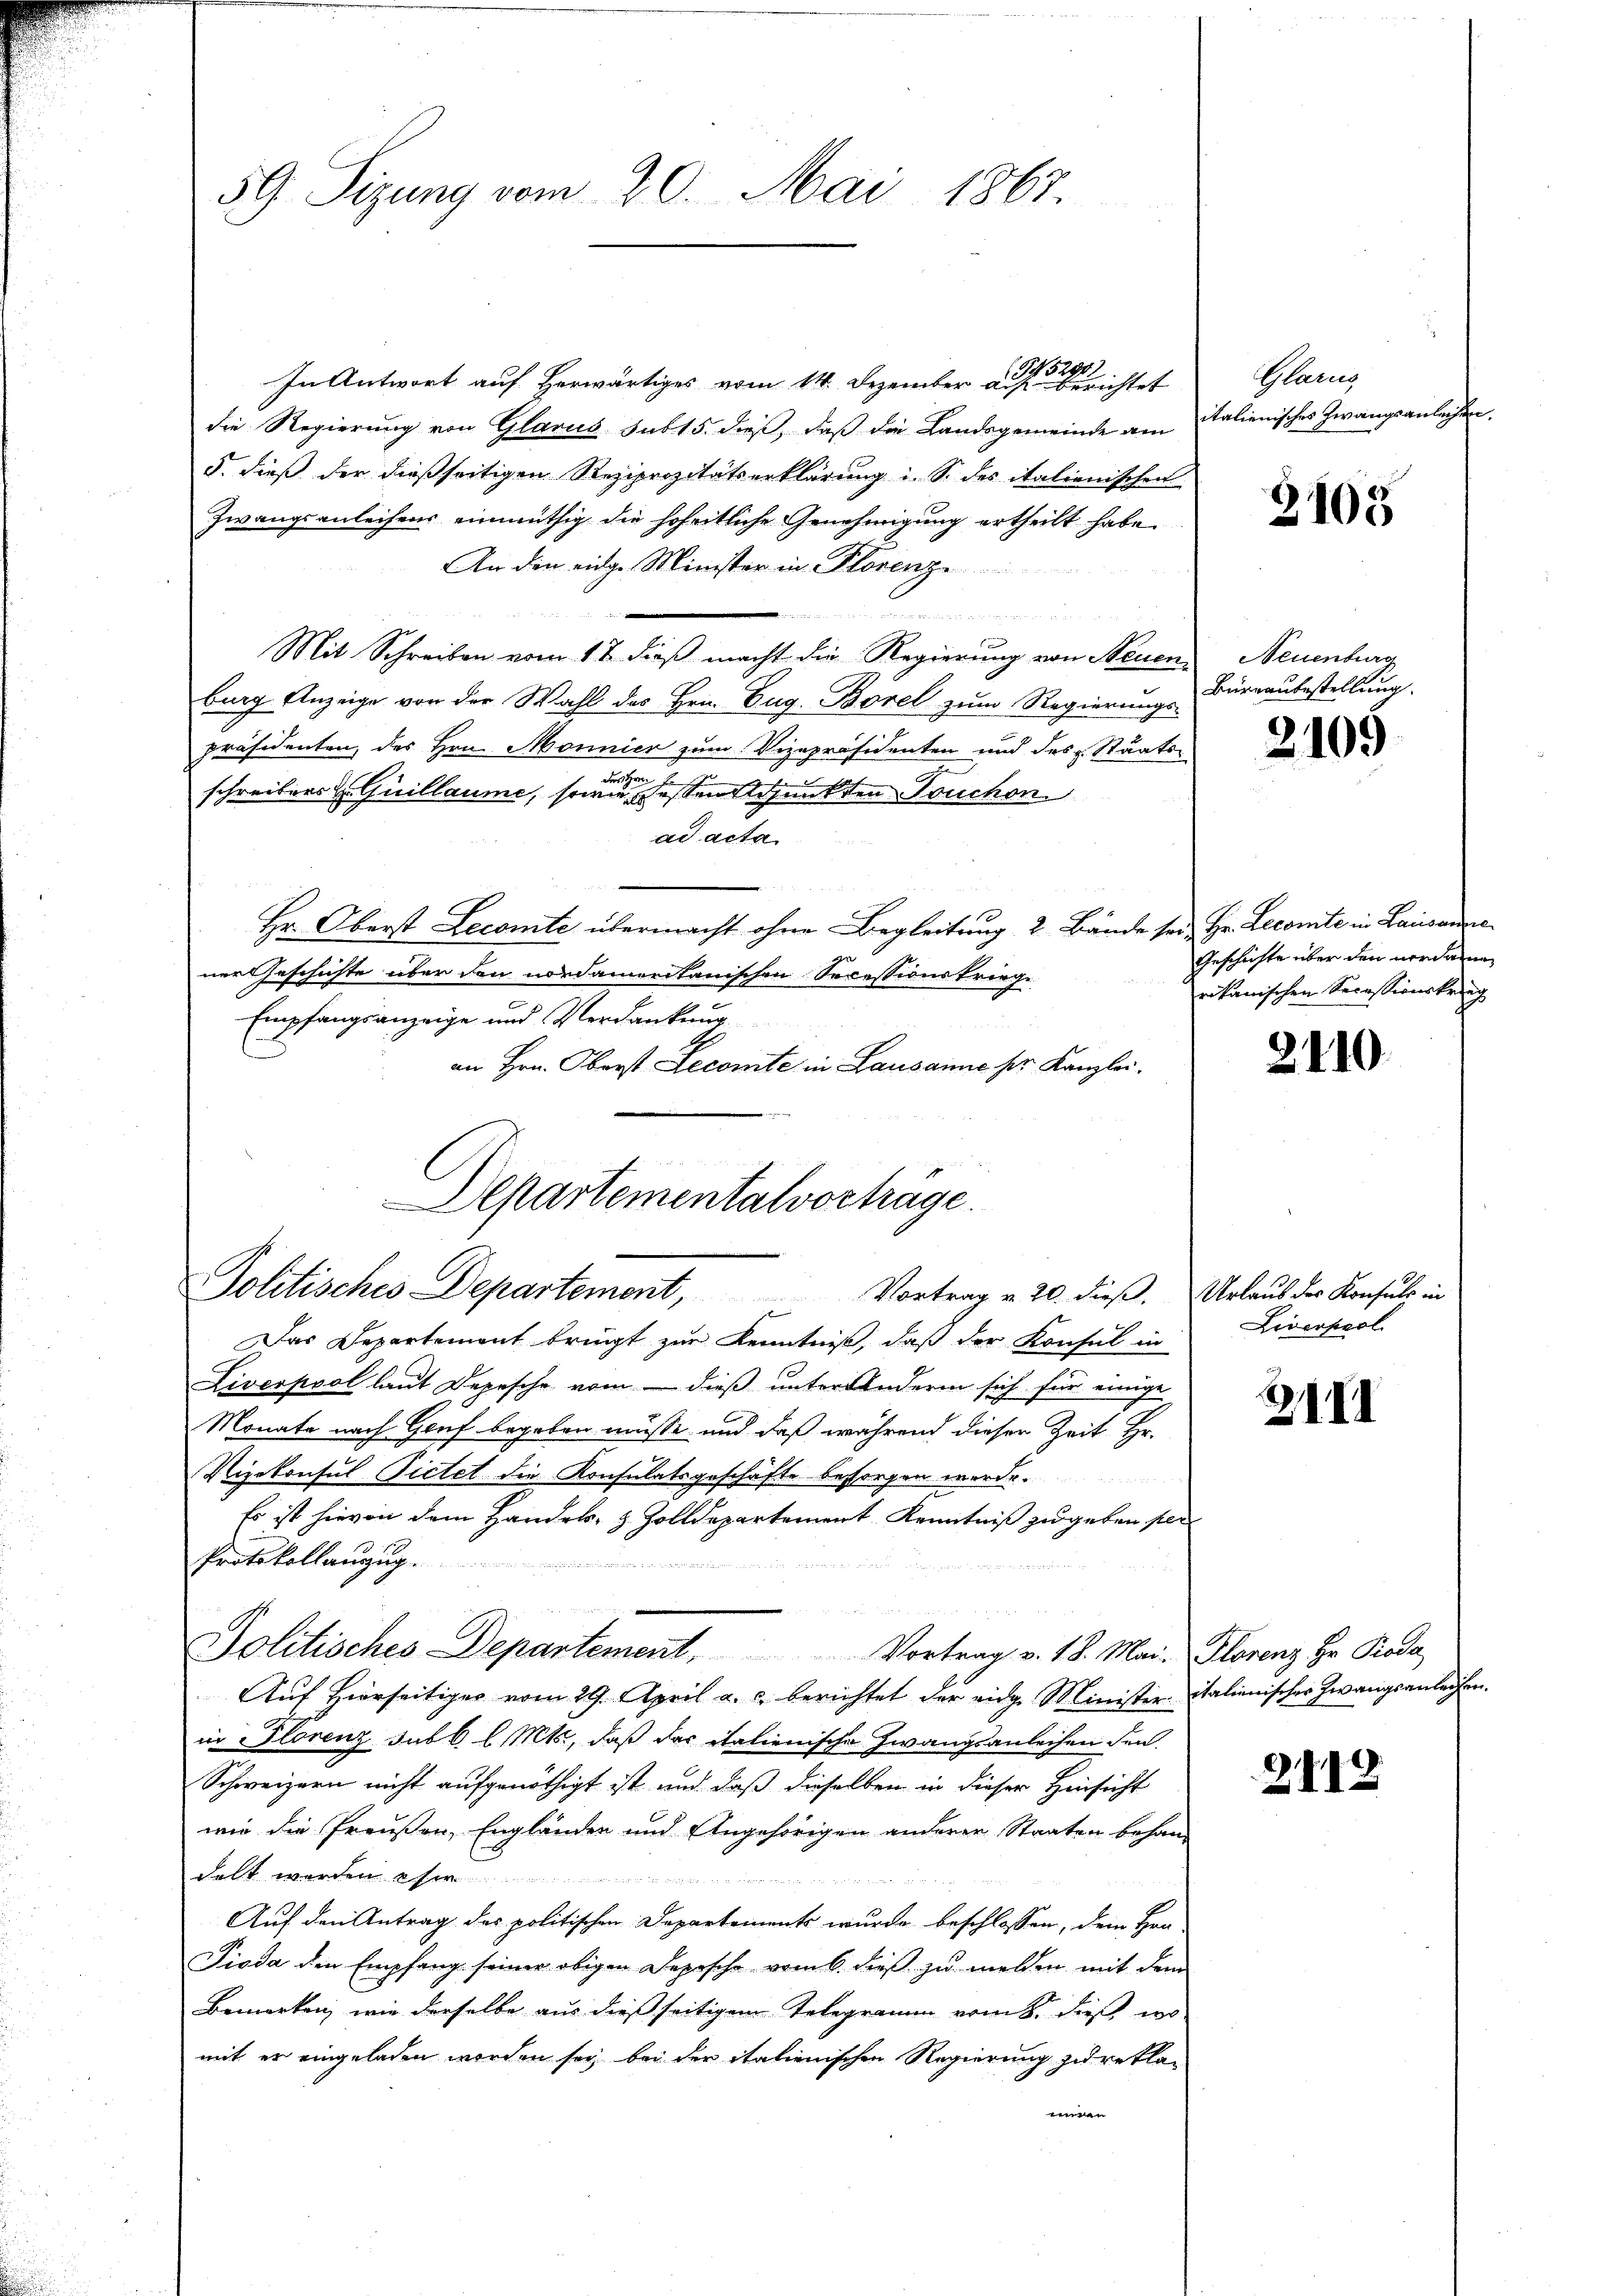
59 Sizung vom 20. Mai 1867.

(345290)
In Antwort auf herwärtiges vom 14. Dezember auf berichtet
die Regierung von Glarus sub 15. dieß, daß die Landsgemeinde am Italienisches Zwangsanleihen.
5. dieß der dießseitigen Reziprozitätserklärung u. S. des italienischen
Zwangsanleihens einmüthig die hoheitliche Genehmigung ertheilt habe.
An den eidge Minister in Plorenze
2
Mit Schreiben vom 17. dieß macht die Regierung von Neuen
burg Anzeige von der Wahl des Hrn. Zug. Borel zum Regierungs-
Präsidenten, des Hrn. Monnier zum Vizepräsidenten und des L. Staatsa
schreibers H. Guillaume, sowie dessen depunkten Douchon
ad acta
Hr. Oberst Lecomte übermacht ohne Begleitung 2 Bände sei Hr. Lecomte in Lausanne
ner Geschichte über den nordamentanischen Secessionskriege
Empfangsanzeige und Verdankung
an Hrn. Oberst Decomite in Lausanne ser Kanzlei.

Departementalvortrage.
Politisches Departement,
Vortrag v. 20. dieß. Urlaub des Konsuls in

Blarg

Das Departement bringt zur Kenntniß, daß der Konsul in
Liverpool laut Depesche vom  dieß unter Ändern sich für einige
Monate nach Gruf begeben müsse und daß während dieser Zeit Hr.
Vizekonsul Pietet die Konsulatsgeschäfte besorgen werde.
Es ist hievon dem Handels- & Zolldepartement, Kenntniß zu geben sei
Protokollanzug.
n
Politisches Departement. Vortrag v. 18. Mai. Florenz Hr. Roda
Auf Hierseitiger vom 29. April a. c. berichtet der eidg. Minister italienischer Zwangsanleihen.
in Florenz sub 6 l. Mts., daß das italienische Zwangsanleihen den
Schweizern nicht aufgenöthigt ist und daß dieselben in dieser Hinsicht
wie die Preußen, Engländen und Angehörigen anderer Staaten behan-
delt werden se
24
Auf den Antrag des politischen Departements wurde beschlossen, dem Hrn.
Pioda den Empfang seiner obigen Depesche vom 6. dieß zu melden mit dem
Bemerken, wie derselbe aus dießseitigen Telegramm vom 8. dieß, wo
mit er eingeladen worden sei, bei der italienischen Regierung zu rekla-
miren

2105

Neuenburg
Büreaubestellung.

2109

Geschichte über den verdan
rikanischen Secessionskrieg

2110

Liversel

ZIII

2113